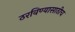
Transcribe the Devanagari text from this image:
ठरविण्यासाठीच